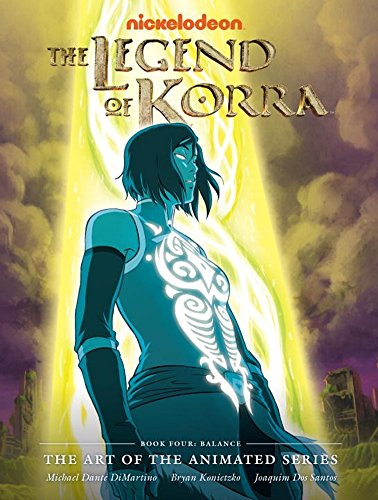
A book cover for The Legend of Korra: The Art of the Animated Series - Book Four: Balance (Avatar: The Last Airbender); Michael Dante DiMartino; Humor & Entertainment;